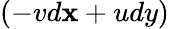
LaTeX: (-vd\mathbf{x}+udy)